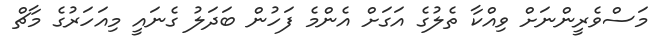
މަސްވެރީންނަށް ވިއްކާ ތެލުގެ އަގަށް އެންމެ ފަހުން ބަދަލު ގެނައީ މިއަހަރުގެ މާޗް